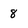
Character: 8